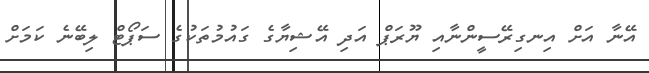
އޭނާ އަށް އިނގިރޭސީންނާއި ޔޫރަޕް އަދި އޭޝިޔާގެ ގައުމުތަކުގެ ސަޕޯޓް ލިބޭނެ ކަމަށް